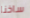
ساخنا